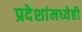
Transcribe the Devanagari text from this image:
प्रदेशांमध्येही